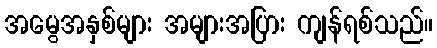
အမွေအနှစ်များ အများအပြား ကျန်ရစ်သည်။